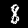
Label: 8